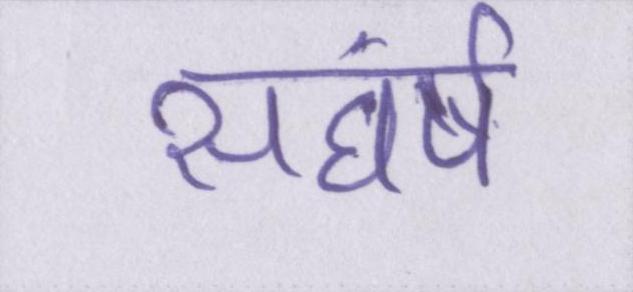
सघंर्ष